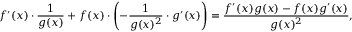
f ^ { \prime } ( x ) \cdot { \frac { 1 } { g ( x ) } } + f ( x ) \cdot \left( - { \frac { 1 } { g ( x ) ^ { 2 } } } \cdot g ^ { \prime } ( x ) \right) = { \frac { f ^ { \prime } ( x ) g ( x ) - f ( x ) g ^ { \prime } ( x ) } { g ( x ) ^ { 2 } } } ,